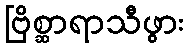
ဗြိစ္ဆာရာသီဖွား